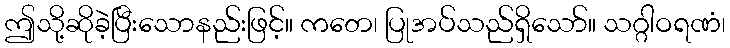
ဤသို့ဆိုခဲ့ပြီးသောနည်းဖြင့်။ ကတေ၊ ပြုအပ်သည်ရှိသော်။ သဂ္ဂါဝရဏံ၊